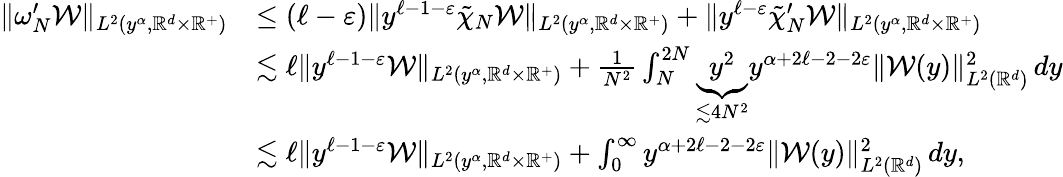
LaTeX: \begin{array}{rl}{\| \omega_{N}^{\prime}\mathcal{W}\| _{L^{2}(y^{\alpha},\mathbb{R}^{d}\times\mathbb{R}^{+})}}&{\leq(\ell-\varepsilon)\| y^{\ell-1-\varepsilon}\tilde{\chi}_{N}\mathcal{W}\| _{L^{2}(y^{\alpha},\mathbb{R}^{d}\times\mathbb{R}^{+})}+\| y^{\ell-\varepsilon}\tilde{\chi}_{N}^{\prime}\mathcal{W}\| _{L^{2}(y^{\alpha},\mathbb{R}^{d}\times\mathbb{R}^{+})}}\\ &{\lesssim\ell\| y^{\ell-1-\varepsilon}\mathcal{W}\| _{L^{2}(y^{\alpha},\mathbb{R}^{d}\times\mathbb{R}^{+})}+\frac{1}{N^{2}}\int_{N}^{2N}{\underbrace{y^{2}}_{\lesssim 4N^{2}}y^{\alpha+2\ell-2-2\varepsilon}\| \mathcal{W}(y)\| _{L^{2}(\mathbb{R}^{d})}^{2}\, dy}}\\ &{\lesssim\ell\| y^{\ell-1-\varepsilon}\mathcal{W}\| _{L^{2}(y^{\alpha},\mathbb{R}^{d}\times\mathbb{R}^{+})}+\int_{0}^{\infty}{y^{\alpha+2\ell-2-2\varepsilon}\| \mathcal{W}(y)\| _{L^{2}(\mathbb{R}^{d})}^{2}\, dy},}\end{array}